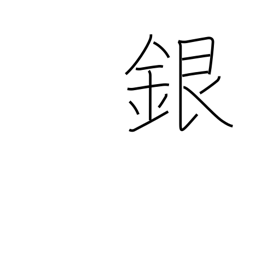
Meaning: silver